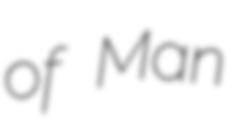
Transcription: of Man